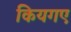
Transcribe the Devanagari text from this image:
कियगए